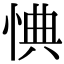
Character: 㥏